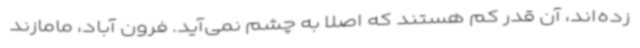
زده‌اند، آن قدر کم هستند که اصلاً به چشم نمی‌آید. فرون آباد، مامازند